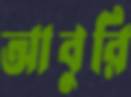
আবুরি